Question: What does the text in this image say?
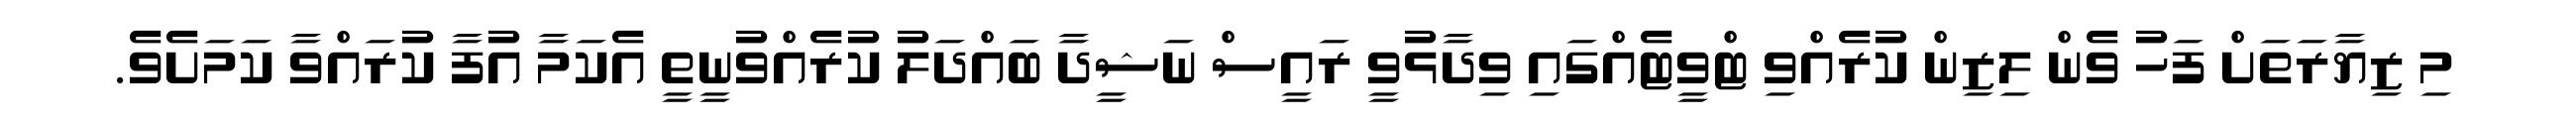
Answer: މި ޒިޔާރަތަށް ފަހު ވެން ލިޒިން ކުރެއްވި ޓްވީޓެއްގައި ވިދާޅުވީ ރައީސް ނަޝީދާ ބައްދަލު ކުރެއްވުނީތީ އެކަމާ އުފާ ކުރައްވާ ކަމަށެވެ.